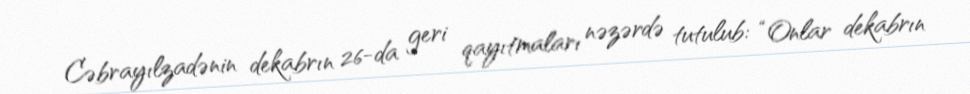
Cəbrayılzadənin dekabrın 26-da geri qayıtmaları nəzərdə tutulub: “Onlar dekabrın